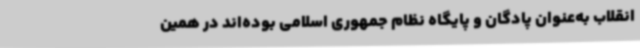
انقلاب به‌عنوان پادگان و پایگاه نظام جمهوری اسلامی بوده‌اند در همین